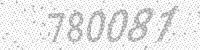
Solution: 780081